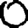
Digit: 0